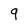
Character: 9